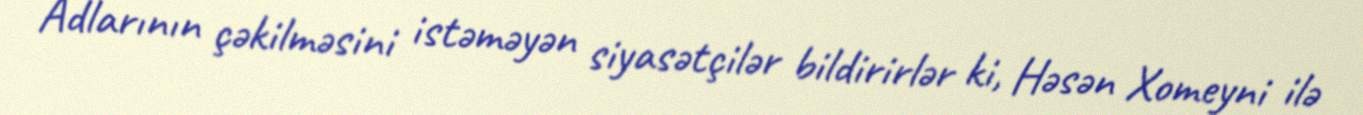
Adlarının çəkilməsini istəməyən siyasətçilər bildirirlər ki, Həsən Xomeyni ilə